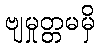
ဗျမှုတ္တမမှိ